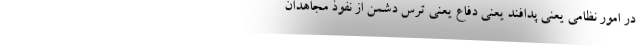
در امور نظامی یعنی پدافند یعنی دفاع یعنی ترس دشمن از نفوذ مجاهدان